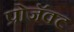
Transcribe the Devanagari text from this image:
प्रोजॅक्ट